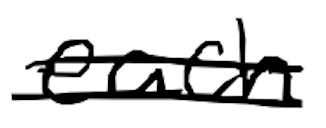
Text: each
Cross-out: mix
Writing tool: digital_black